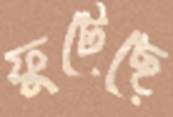
ফুটেছে